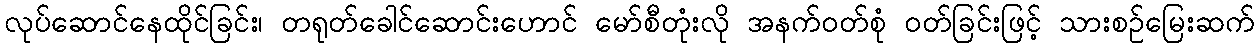
လုပ်ဆောင်နေထိုင်ခြင်း၊ တရုတ်ခေါင်ဆောင်းဟောင် မော်စီတုံးလို အနက်ဝတ်စုံ ဝတ်ခြင်းဖြင့် သားစဉ်မြေးဆက်